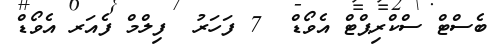
ބެސްޓް ސްކްރިޕްޓް އެވޯޑް  7 ފަހަރު  ފިލްމް ފެއަރ އެވޯޑް